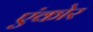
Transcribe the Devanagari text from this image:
एंकोर